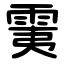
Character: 䨑